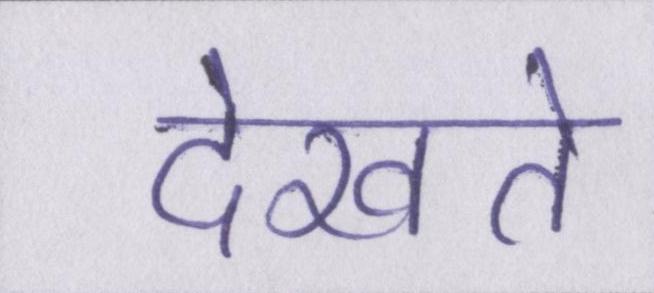
देखते